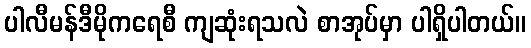
ပါလီမန်ဒီမိုကရေစီ ကျဆုံးရသလဲ စာအုပ်မှာ ပါရှိပါတယ်။